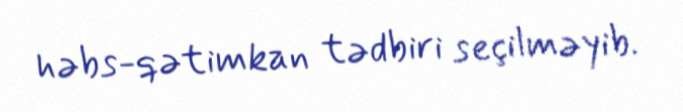
həbs-qətimkan tədbiri seçilməyib.